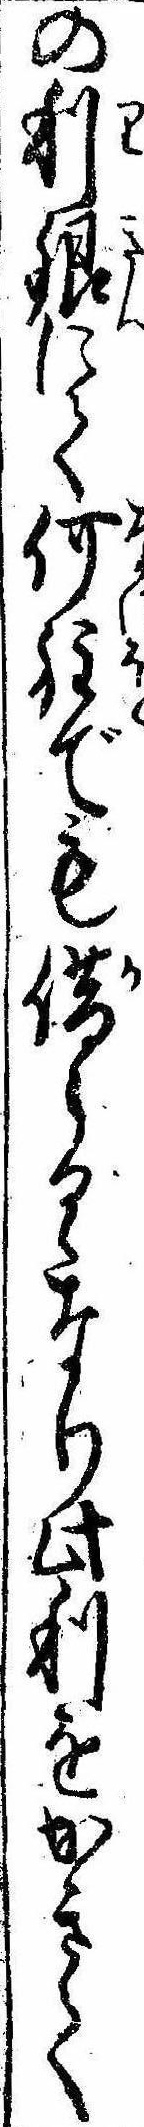
の利銀にて何程でも借らるゝなり此利をかきて